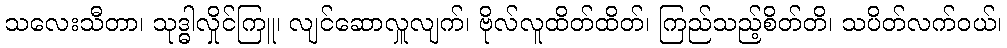
သလေးသီတာ၊ သုဒ္ဓါလှိုင်ကြူ၊ လျင်ဆောလှူလျက်၊ ဗိုလ်လူထိတ်ထိတ်၊ ကြည်သည့်စိတ်တိ၊ သပိတ်လက်ဝယ်၊